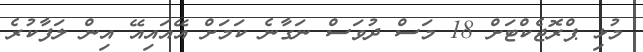
މުޅި ޕްރޮޖެކްޓަށް 18 މަސް ދުވަސް ނަގާނެ ކަމަށް އޭއައިއޭ އިން ލަފާކުރެ